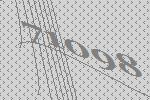
71098